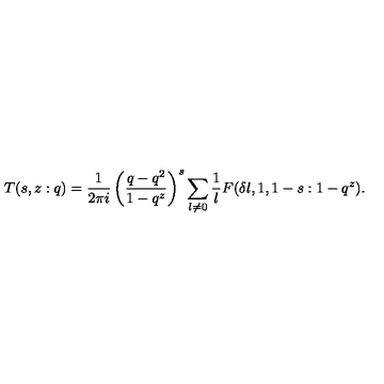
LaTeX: T ( s , z : q ) = \frac { 1 } { 2 \pi i } \left( \frac { q - q ^ { 2 } } { 1 - q ^ { z } } \right) ^ { s } \sum _ { l \ne 0 } \frac { 1 } { l } F ( \delta l , 1 , 1 - s : 1 - q ^ { z } ) .